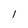
Character: l